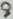
Text: 8